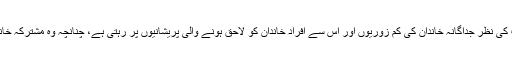
دوسری طرف بعض حضرات کی نظر جداگانہ خاندان کی کم زوریوں اور اس سے افرادِ خاندان کو لاحق ہونے والی پریشانیوں پر رہتی ہے، چنانچہ وہ مشترکہ خاندان کو پسندیدہ قرار دیتے ہیں۔